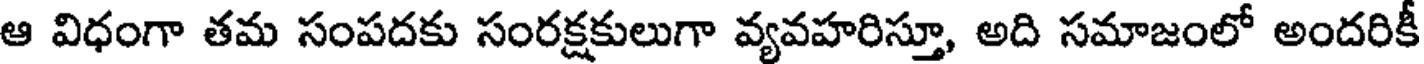
ఆ విధంగా తమ సంపదకు సంరక్షకులుగా వ్యవహరిస్తూ, అది సమాజంలో అందరికీ